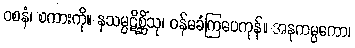
ဝစနံ၊ စကားကို။ နသမ္ပဋိစ္ဆိံသု၊ ဝန်မခံကြပေကုန်။ အနုကမ္ပကော၊